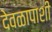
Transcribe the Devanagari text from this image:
देवळापाशी